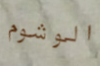
الوشوم